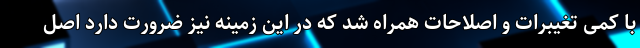
با کمی تغیبرات و اصلاحات همراه شد که در این زمینه نیز ضرورت دارد اصل